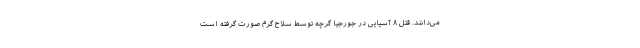
می‌دانند. قتل ۸ آسیایی در جورجیا گرچه توسط سلاح گرم صورت گرفته است